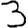
Digit: 3